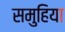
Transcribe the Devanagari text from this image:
समुहिया